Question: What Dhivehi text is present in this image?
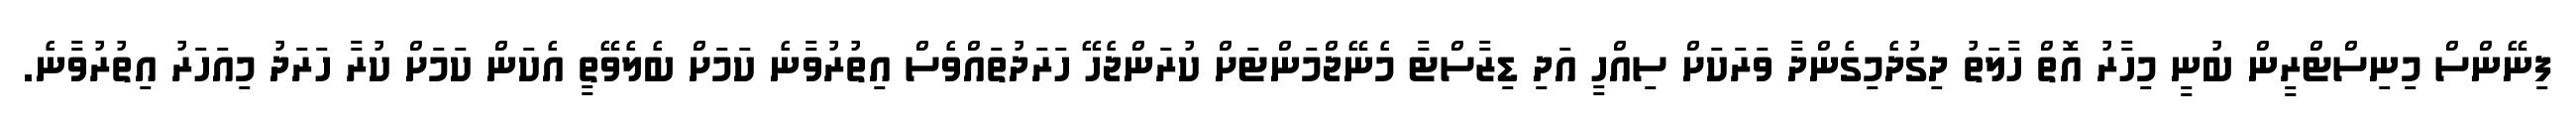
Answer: ފިނޭންސް މިނިސްޓްރީން ބުނީ މިހާރު އޮތް ހާލަތު ދިގުދެމިގެންދާ ވަރަކަށް ސިއްހީ އަދި ޑިޒާސްޓާ މެނޭޖްމަންޓަށް ކުރަންޖެހޭ ހަރަދުތައްވެސް އިތުރުވާނެ ކަމަށް ބެލެވޭތީ އެކަން ކަމަށް ކުރާ ހަރަދު މިއަހަރު އިތުރުވާނެ.